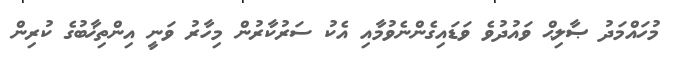
މުހައްމަދު ޞާލިޙް ވައުދުވެ ވަޑައިގެންނެވުމާއި އެކު ސަރުކާރުން މިހާރު ވަނީ އިންތިޚާބުގެ ކުރިން